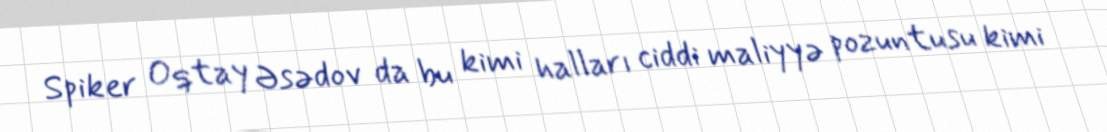
Spiker Oqtay Əsədov da bu kimi halları ciddi maliyyə pozuntusu kimi